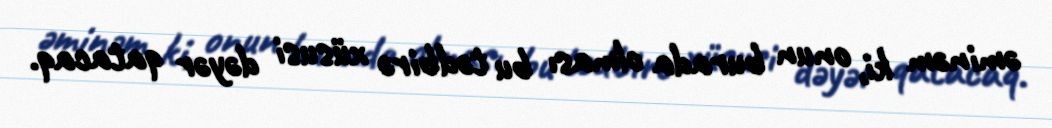
əminəm ki, onun burada olması bu tədbirə xüsusi dəyər qatacaq.